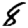
Digit: 8